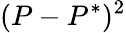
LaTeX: (P-P^{*})^{2}